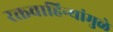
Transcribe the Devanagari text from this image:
रक्तवाहिन्यांमुळे